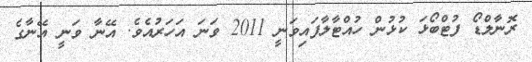
ރޮނާލްޑޯ ފުޓްބޯޅަ ކުޅުން ހުއްޓާލާފައިވަނީ 2011 ވަނަ އަހަރުއެވެ. އޭނާ ވަނީ އޭނާގެ